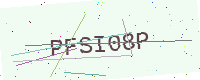
Text: PFSI08P